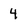
Character: 4